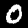
Digit: 0